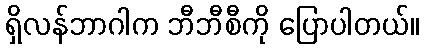
ရှိလန်ဘာဂါက ဘီဘီစီကို ပြောပါတယ်။